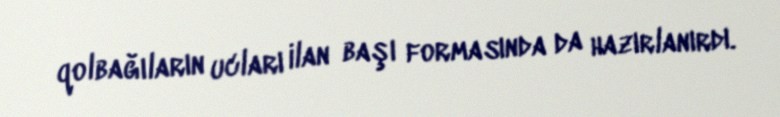
qolbağıların ucları ilan başı formasında da hazırlanırdı.